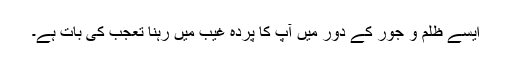
ایسے ظلم و جور کے دور میں آپ کا پردۂ غیب میں رہنا تعجب کی بات ہے۔